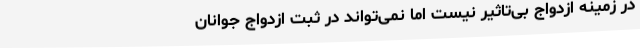
در زمینه ازدواج بی‌تاثیر نیست اما نمی‌تواند در ثبت ازدواج جوانان